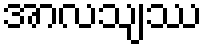
အာလသျဿ